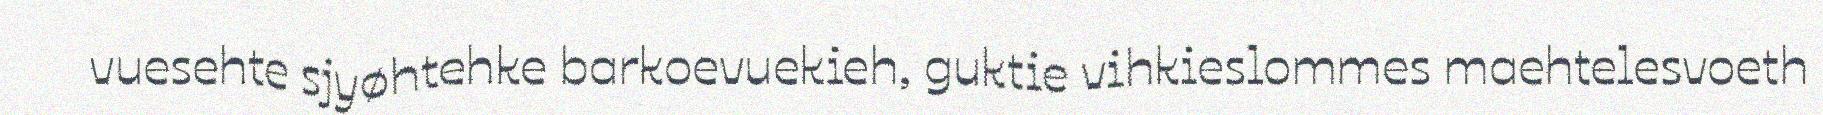
vuesehte sjyøhtehke barkoevuekieh, guktie vihkieslommes maehtelesvoeth